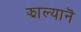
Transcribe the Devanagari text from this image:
झाल्यानॆ